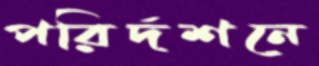
পরির্দশনে